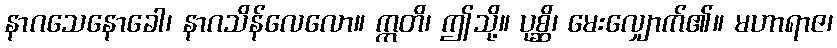
နာဂသေနောခေါ၊ နာဂသိန်လေလော။ ဣတိ၊ ဤသို့။ ပုစ္ဆိ၊ မေးလျှောက်၏။ မဟာရာဇ၊